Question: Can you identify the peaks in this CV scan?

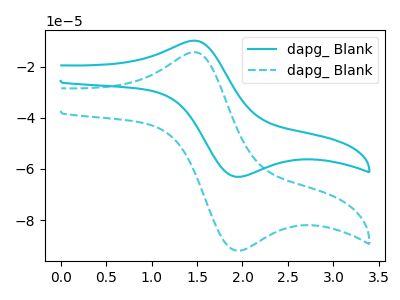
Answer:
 <answer>The cyan curve "dapg_ Blank1" has an anodic peak at (1.45V, -9.85uA) and a cathodic peak at (2.00V, -63.05uA). The cyan dashed curve "dapg_ Blank2" has an anodic peak at (1.45V, -14.35uA) and a cathodic peak at (2.00V, -91.95uA).</answer>
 <eval></eval>